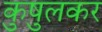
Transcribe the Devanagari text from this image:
कुषुलकर